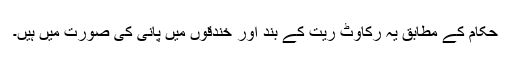
حکام کے مطابق یہ رکاوٹ ریت کے بند اور خندقوں میں پانی کی صورت میں ہیں۔